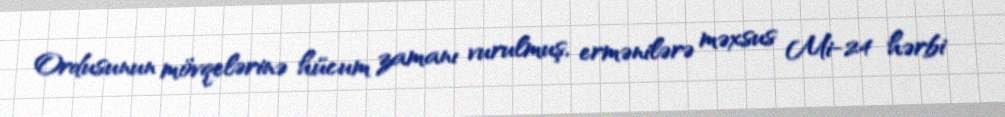
Ordusunun mövqelərinə hücum zamanı vurulmuş, ermənilərə məxsus Mi-24 hərbi